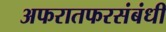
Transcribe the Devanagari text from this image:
अफरातफरसंबंधी